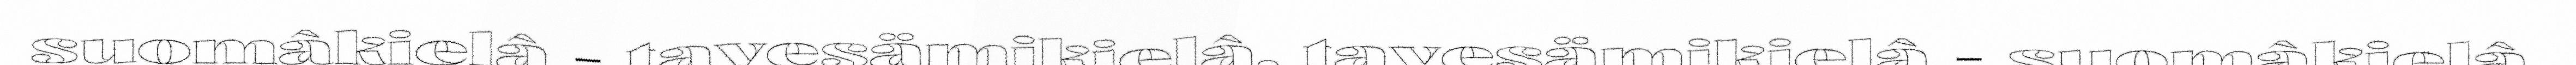
suomâkielâ - tavesämikielâ, tavesämikielâ - suomâkielâ